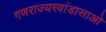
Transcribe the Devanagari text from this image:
गणराज्यरवांडासाओ